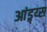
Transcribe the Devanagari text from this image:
आंड्र्य्स